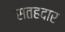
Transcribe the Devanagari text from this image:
सतहदार